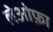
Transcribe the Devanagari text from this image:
लेओफ़ा